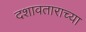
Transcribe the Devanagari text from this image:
दशावताराच्या